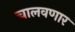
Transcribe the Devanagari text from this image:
चालवणार